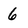
Character: 6